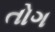
તોગ